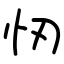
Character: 㣼